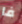
فا